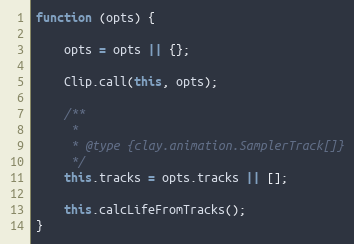
Language: JavaScript
function (opts) {

    opts = opts || {};

    Clip.call(this, opts);

    /**
     *
     * @type {clay.animation.SamplerTrack[]}
     */
    this.tracks = opts.tracks || [];

    this.calcLifeFromTracks();
}